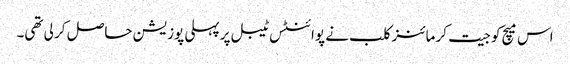
اس میچ کو جیت کر مائنز کلب نے پوائنٹس ٹیبل پر پہلی پوزیشن حاصل کر لی تھی۔